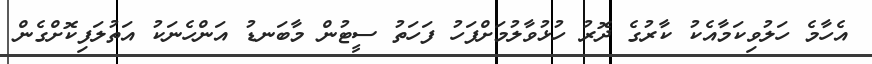
އެހާމެ ހަލުވިކަމާއެކު ކާރުގެ ދޮރު ހުޅުވާލުމަށްފަހު ފަހަތު ސީޓުން މާބަނޑު އަންހެނަކު އަތުލަފިކޮށްގެން